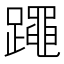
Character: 𰸯